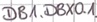
Text: DB1.DBX0.1